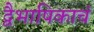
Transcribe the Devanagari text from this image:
द्वैभाषिकाचं